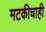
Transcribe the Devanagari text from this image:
मटकीचाही